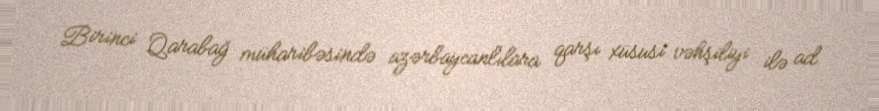
Birinci Qarabağ müharibəsində azərbaycanlılara qarşı xüsusi vəhşiliyi ilə ad